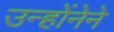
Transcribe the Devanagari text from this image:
उन्होंनेने